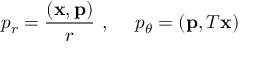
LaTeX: p _ { r } = \frac { ( { \bf x } , { \bf p } ) } { r } \ , \ \ \ \ p _ { \theta } = ( { \bf p } , T { \bf x } )